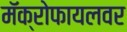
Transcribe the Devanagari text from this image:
मॅक्रोफायलवर